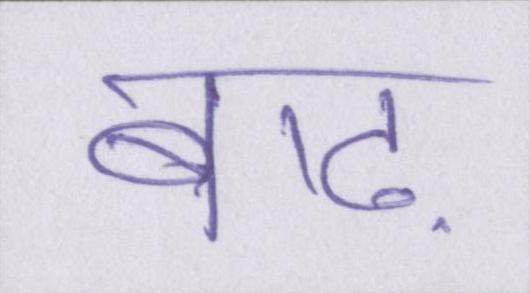
बाढ़